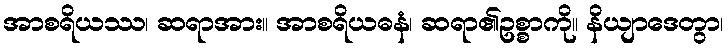
အာစရိယဿ၊ ဆရာအား။ အာစရိယဓနံ၊ ဆရာ၏ဥစ္စာကို။ နိယျာဒေတွာ၊